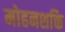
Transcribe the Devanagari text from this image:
मोहनशक्ति